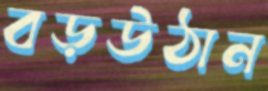
বড়উঠান